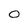
Character: 0